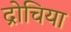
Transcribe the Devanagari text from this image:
द्रोचिया